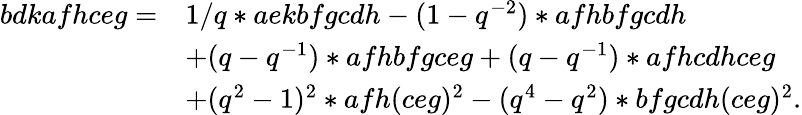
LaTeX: \begin{array}{rl}{bdkafhceg=}&{1/q*aekbfgcdh-(1-q^{-2})*afhbfgcdh}\\ &{+(q-q^{-1})*afhbfgceg+(q-q^{-1})*afhcdhceg}\\ &{+(q^{2}-1)^{2}*afh(ceg)^{2}-(q^{4}-q^{2})*bfgcdh(ceg)^{2}.}\end{array}